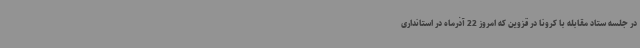
در جلسه ستاد مقابله با کرونا در قزوین که امروز 22 آذرماه در استانداری